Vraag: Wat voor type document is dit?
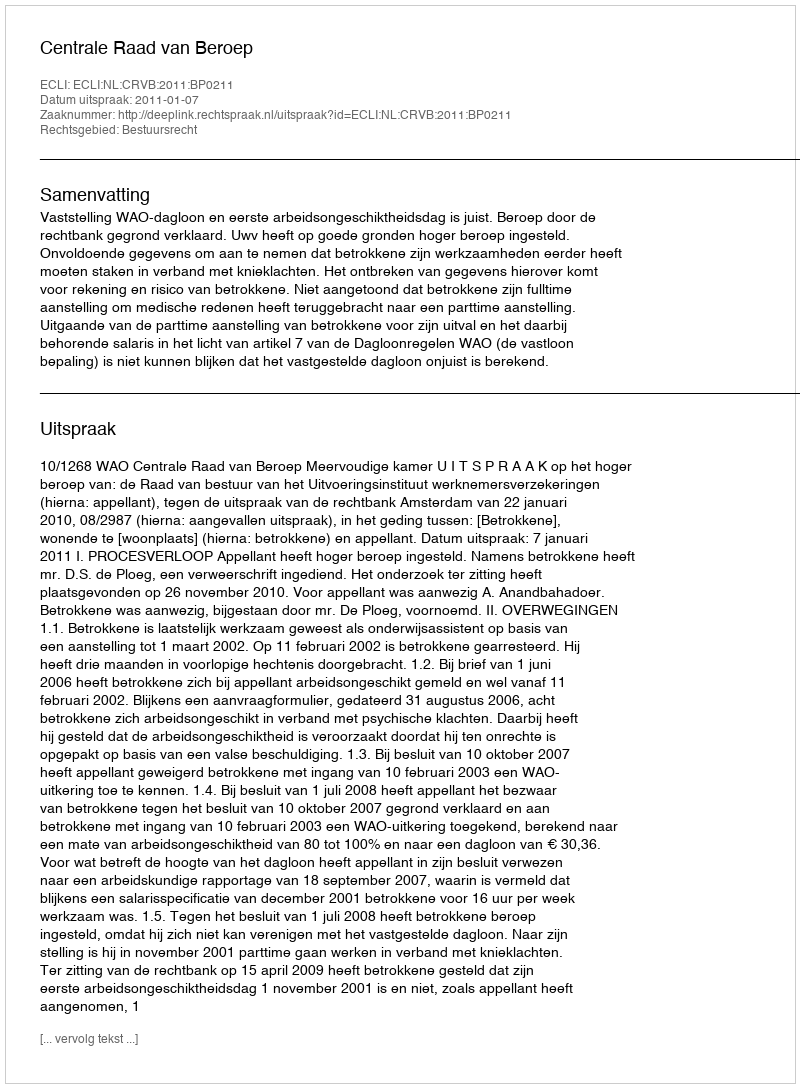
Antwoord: Uitspraak